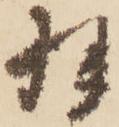
羽